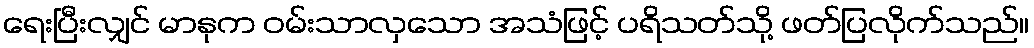
ရေးပြီးလျှင် မာနုက ဝမ်းသာလှသော အသံဖြင့် ပရိသတ်သို့ ဖတ်ပြလိုက်သည်။